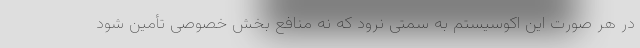
در هر صورت این اکوسیستم به سمتی نرود که نه منافع بخش خصوصی تأمین شود